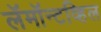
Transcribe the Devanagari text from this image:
लॅमॉन्टव्हिल